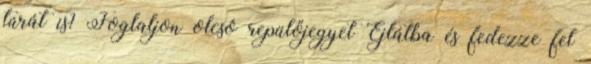
túrát is? Foglaljon olcsó repülőjegyet Éjlátba és fedezze fel